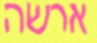
ארשה